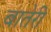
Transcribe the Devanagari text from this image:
बातेरी